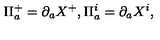
\Pi _ { a } ^ { + } = \partial _ { a } X ^ { + } , \Pi _ { a } ^ { i } = \partial _ { a } X ^ { i } ,